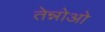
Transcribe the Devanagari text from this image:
तेन्नोओ